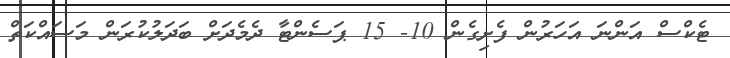
ޓެކްސް އަންނަ އަހަރުން ފެށިގެން 10- 15 ޕަސެންޓާ ދެމެދަށް ބަދަލުކުރަން މަސައްކަތް